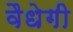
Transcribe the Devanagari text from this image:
वैधेगी